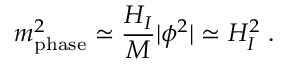
m _ { \mathrm { { p h a s e } } } ^ { 2 } \simeq \frac { H _ { I } } { M } | \phi ^ { 2 } | \simeq H _ { I } ^ { 2 } \; .